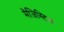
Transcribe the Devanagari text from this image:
मैजिस्टिक